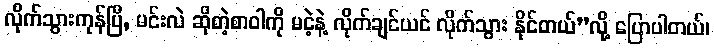
လိုက်သွားကုန်ပြီ, မင်းလဲ ဆိုတဲ့စာဝါကို မငဲ့နဲ့ လိုက်ချင်ယင် လိုက်သွား နိုင်တယ်”လို့ ပြောပါတယ်၊